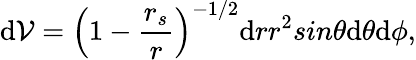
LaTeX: \mathrm{d}{\cal{V}}=\left(1-\frac{{r_{s}}}{{r}}\right)^{-1/2}\mathrm{d}rr^{2}sin\theta\mathrm{d}\theta\mathrm{d}\phi,